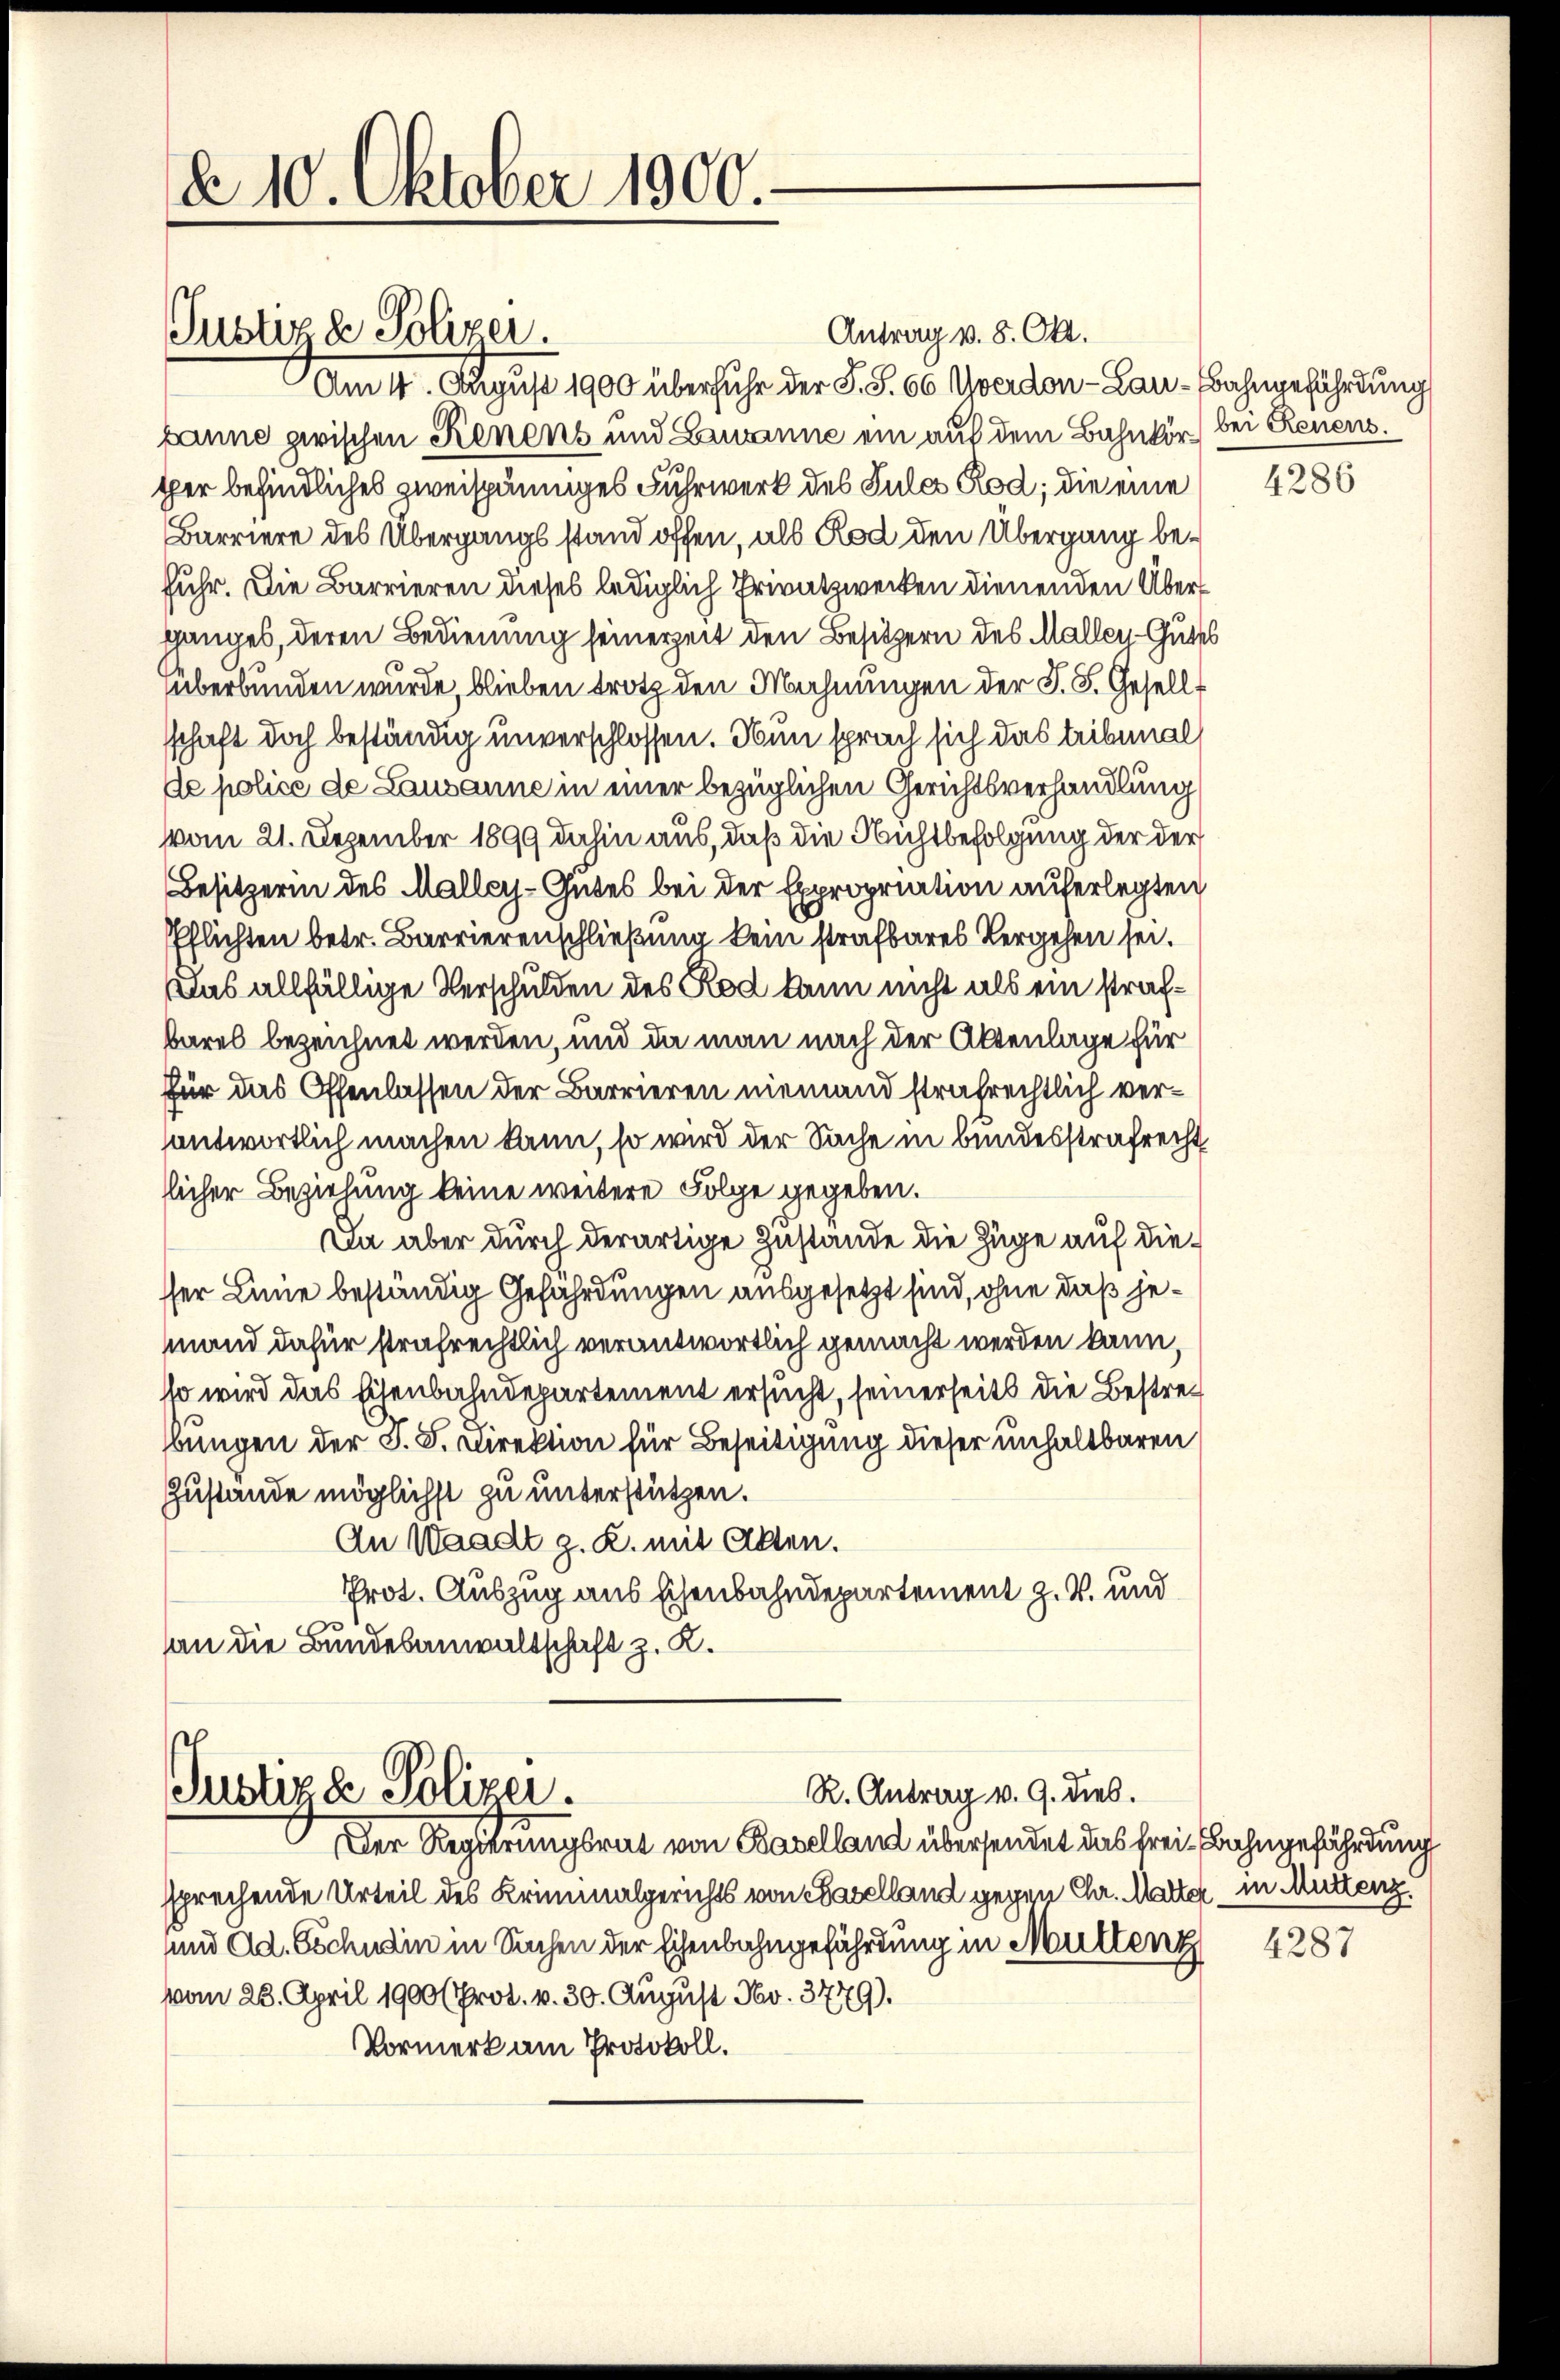
d 10. Oktober 1900.

Antrag v. 8. Okt.
Am 11. August 1900 überfuhr der S. S. 66 Uverdon-Lau-Bahngefährdung
banne zwischen Renens und Lavanne ein auf dem Bahnkör) bei Renensper befindliches zweispänniges Fuhrwerk des Sules Rod; die eine
Barriere des Übergangs stand offen, als Rod den Übergang befuhr. Die Barrieren dieses lediglich Privatzwecken dienenden Übers
ganges, deren Bedienung seinerzeit den Besitzern des Mallen Gutes
überbunden wurde, blieben trotz den Mahnungen der J. F. Gesellsschaft doch beständig unverschlossen. Nun sprach sich das tribunal
de police de Lausanne in einer bezüglichen Gerichtsverhandlung
vom 21. Dezember 1899 dahin aus, daß die Nichtbefolgung der der
Besitzerin des Maller-Gutes bei der Expropriation auferlegten
Pflichten betr. Barrierenschließung kein strafbares Vergehen sei.
Das allfällige Verschulden des Rod kann nicht als ein strafbares bezeichnet werden, und da man nach der Aktenlage für
für das Offenlassen der Barrieren niemand strafrechtlich verantwortlich machen kann, so wird der Sache in bundesstrafrecht
licher Bezielung keine weitere Folge gegeben.
Da aber durch derartige Zustande die Züge auf diesser Linie beständig Gefährdungen ausgesetzt sind, ohne daß jemand dafür strafrechtlich verantwortlich gemacht werden kann,
so wird das Eisenbahndepartement ersucht, seinerseits die Bestrebungen der S. S. Direktion für Beseitigung dieser unhaltbaren
Zustände möglichst zu unterstützen.
An Waadt g. R. mit Akten.
Prot. Auszug aus Eisenbahndepartement z. B. und
an die Bundesanwaltschaft z. K.

Justiz & Polizei.

R. Antrag v. 9. dies.
Justiz & Polizei.
Der Regierungsrat von Baselland übersendet das frei Bahngefährdung

sprechende Urteil des Kriminalgerichts von Baselland gegen Chr. Marter in Muttenz
und Ad. Gschudin in Sachen der Eisenbahngefährdung in Muttenz
vom 23. April 1900 (Prot. v. 30. August. Nov. 3779).
Vormerk am Protokoll.

4286

4287